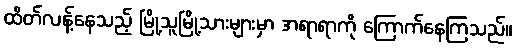
ထိတ်လန့်နေသည့် မြို့သူမြို့သားများမှာ အရာရာကို ကြောက်နေကြသည်။